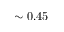
\sim 0 . 4 5